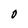
Character: O